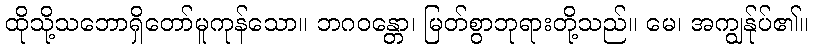
ထိုသို့သဘောရှိတော်မူကုန်သော။ ဘဂဝန္တော၊ မြတ်စွာဘုရားတို့သည်။ မေ၊ အကျွန်ုပ်၏။